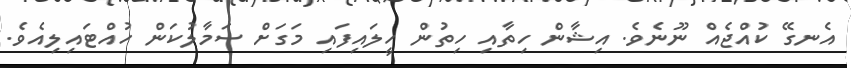
އެނގޭ ކުއްޖެއް ނޫނެވެ. އިޝާން ހިތާއި ހިތުން ހީލައިފައި މަގަށް ސަމާލުކަން ހުއްޓައިލިއެވެ.